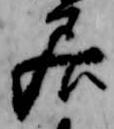
居